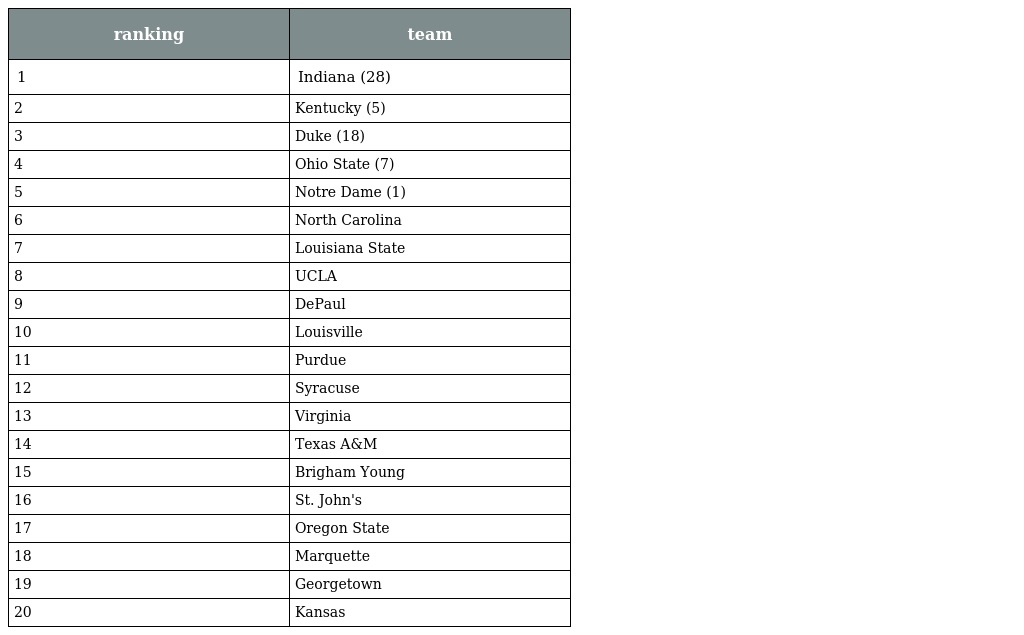
| ranking | team |
 | --- | --- |
 | 1 | Indiana (28) |
 | 2 | Kentucky (5) |
 | 3 | Duke (18) |
 | 4 | Ohio State (7) |
 | 5 | Notre Dame (1) |
 | 6 | North Carolina |
 | 7 | Louisiana State |
 | 8 | UCLA |
 | 9 | DePaul |
 | 10 | Louisville |
 | 11 | Purdue |
 | 12 | Syracuse |
 | 13 | Virginia |
 | 14 | Texas A&M |
 | 15 | Brigham Young |
 | 16 | St. John's |
 | 17 | Oregon State |
 | 18 | Marquette |
 | 19 | Georgetown |
 | 20 | Kansas |